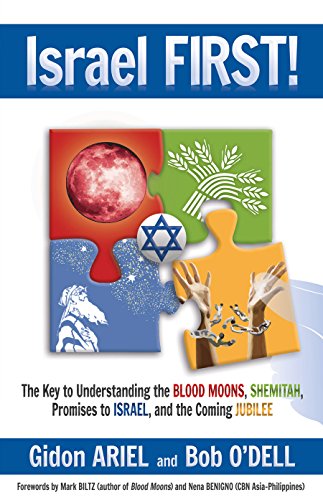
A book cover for ISRAEL FIRST! The Key to Understanding the Blood Moons, Shemitah, Promises to Israel, the Coming Jubilee, and How it all Fits Together; Gidon Ariel; Christian Books & Bibles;